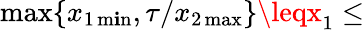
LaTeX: \operatorname*{max}\{ x_{1\operatorname*{m\mathbf{i}n}},\tau/x_{2\operatorname*{max}}\} \leqx_{1}\leq